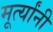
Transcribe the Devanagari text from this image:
मूर्त्यांनी